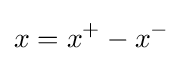
x=x^{+}-x^{-}